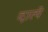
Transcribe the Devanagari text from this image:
दात्ये